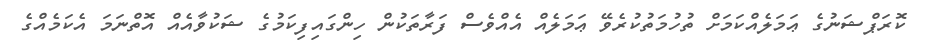
ކޮރަޕްޝަނުގެ ޢަމަލެއްކަމަށް ތުހުމަތުކުރެވޭ ޢަމަލެއް އެއްވެސް ފަރާތަކުން ހިންގައިފިކަމުގެ ޝަކުވާއެއް އޮތްނަމަ އެކަމެއްގެ